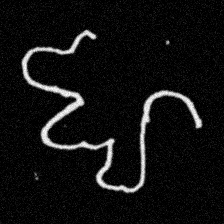
Pyu character \u2014 Myanmar letter: ဈ (romanized: jha)